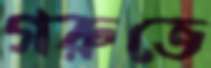
গরুতে